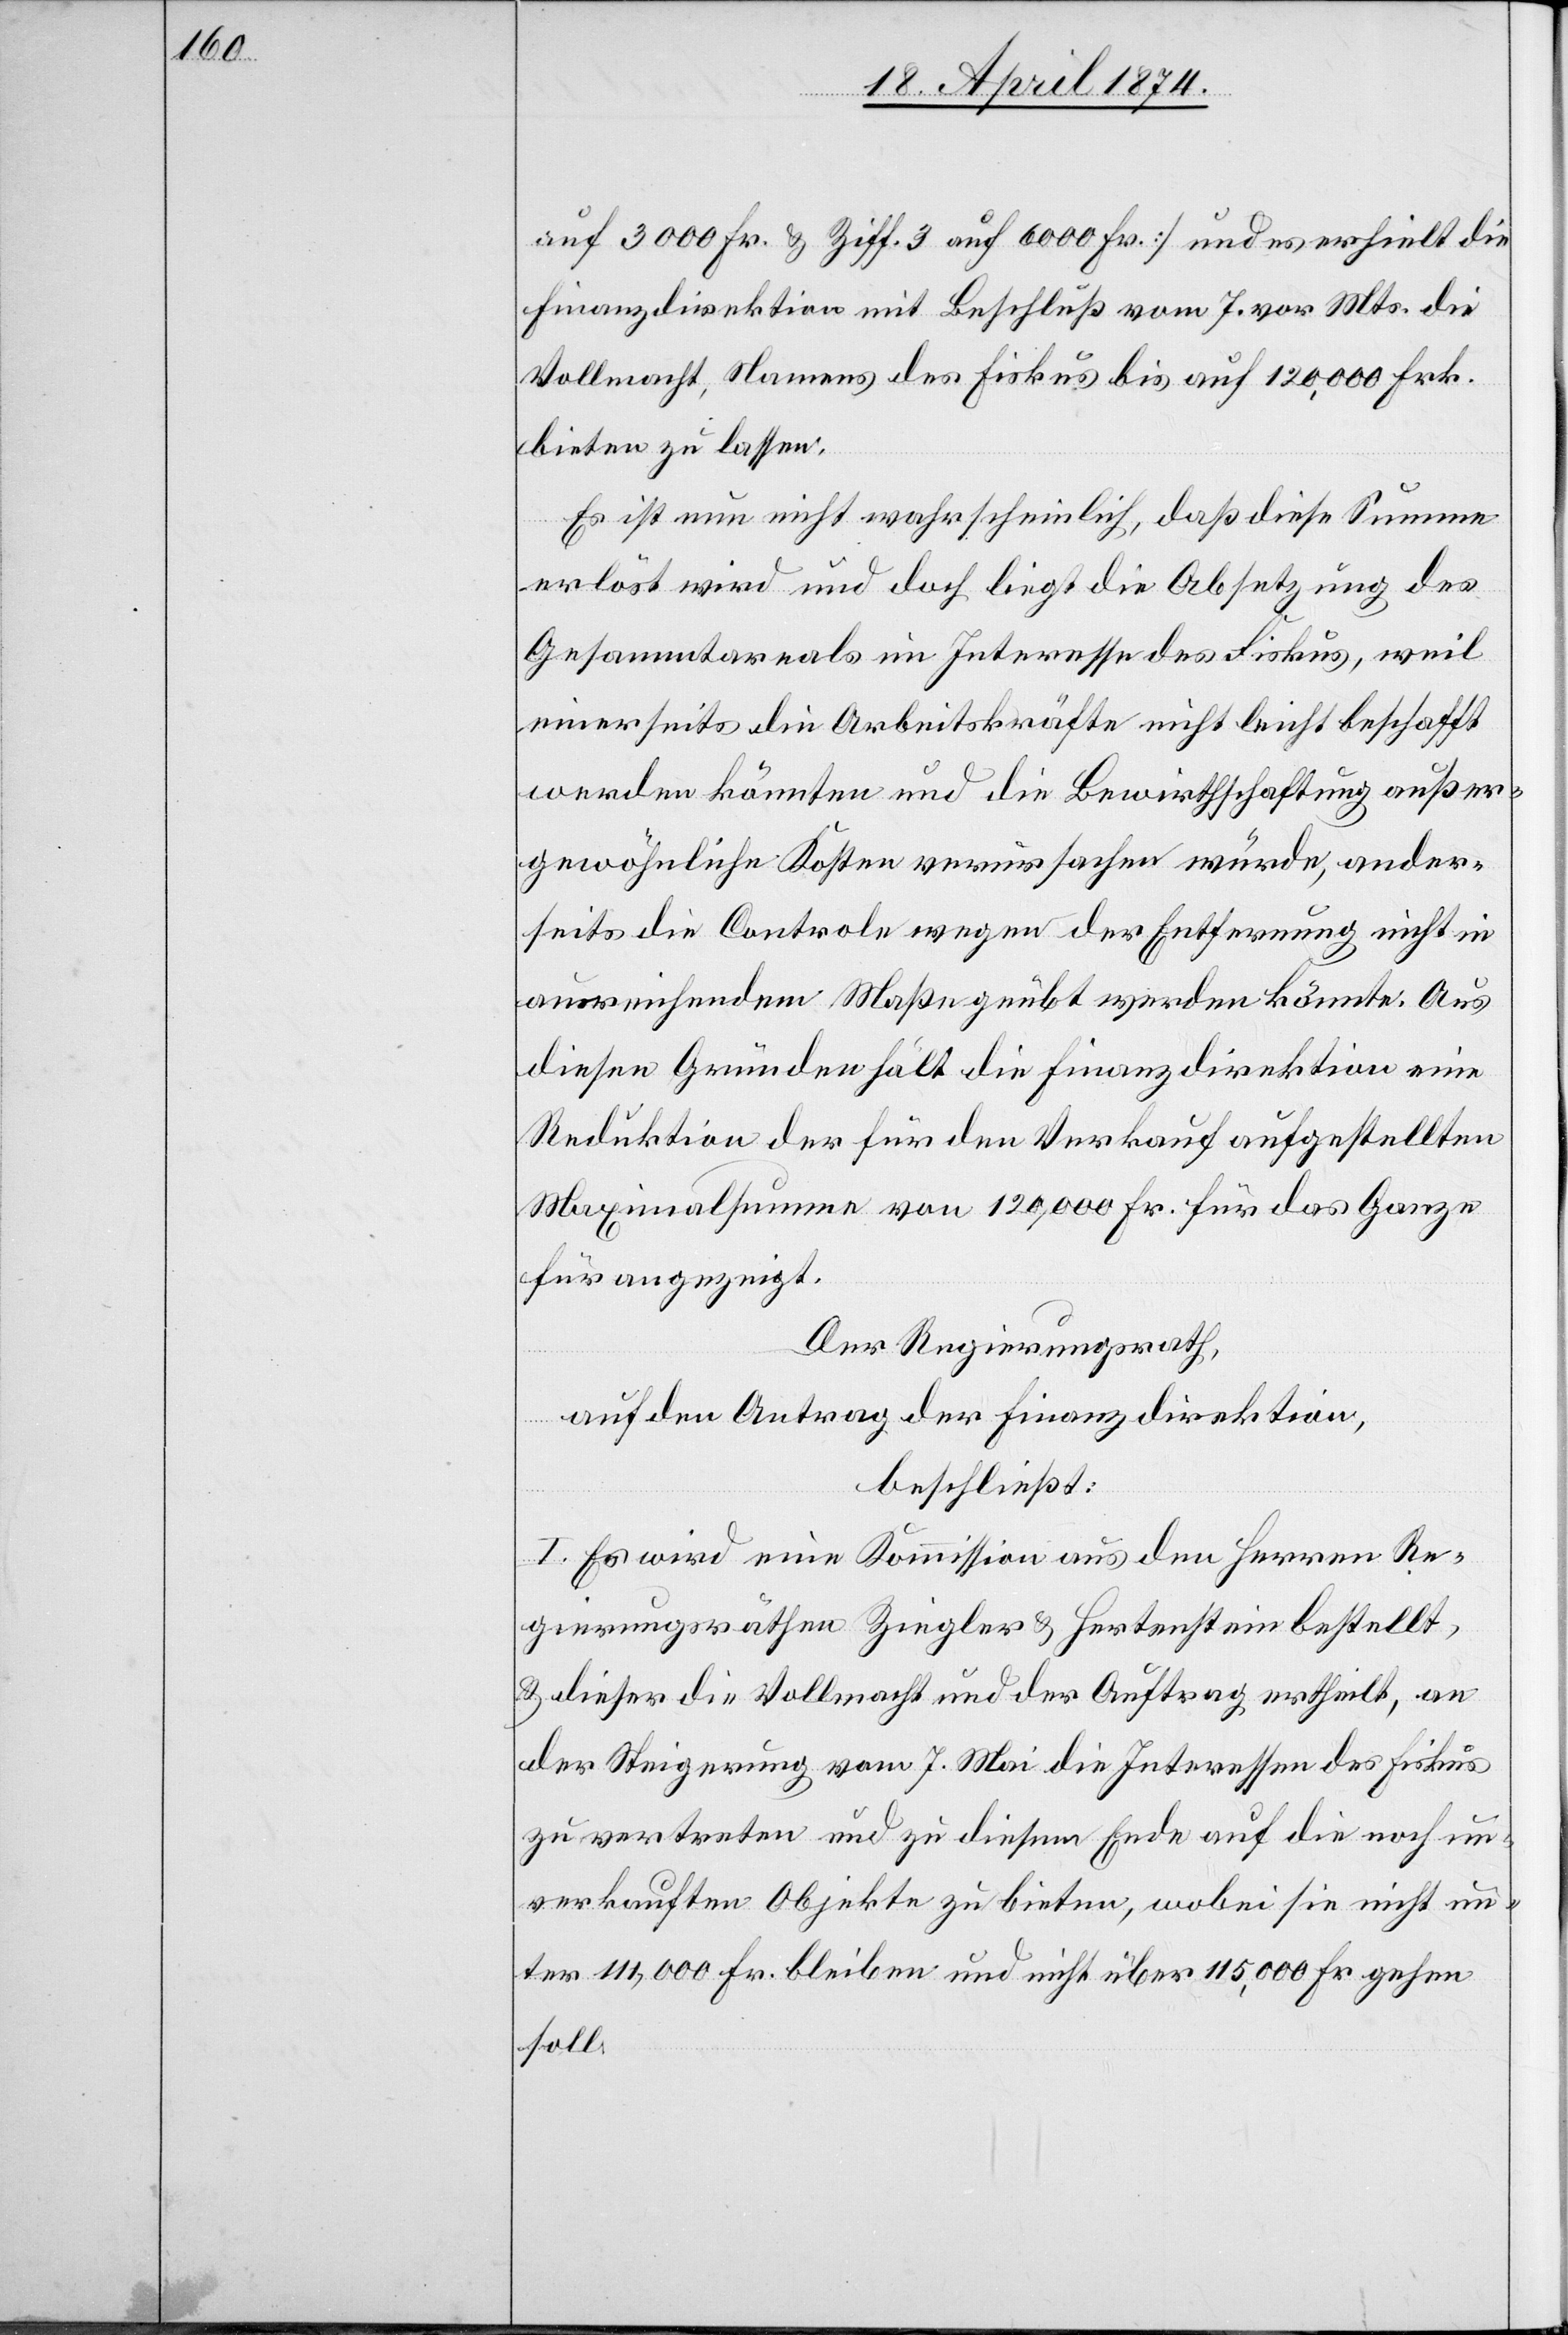
auf 3000 Fr. u. Ziff. 3 auf 6000 Fr.] und es erhielt die
Finanzdirektion mit Beschluß vom 7. vor. Mts. die
Vollmacht, Namens des Fiskus bis auf 120,000 Frk.
bieten zu lassen.
Es ist nun nicht wahrscheinlich, daß diese Summe
erlöst wird und doch liegt die Absetzung des
Gesammtareals im Interesse des Fiskus, weil
einerseits die Arbeitskräfte nicht leicht beschafft
werden könnten und die Bewirthschaftung außer¬
seits die Controle wegen der Entfernung nicht in
ausreichendem Maße geübt werden könnte. Aus
diesen Gründen hält die Finanzdirektion eine
Reduktion der für den Verkauf aufgestellten
Maximalsumme von 120,000 Fr. für das Ganze
für angezeigt.
Der Regierungsrath,
auf den Antrag der Finanzdirektion,
beschließt:
I. Es wird eine Kommission aus den Herren Re¬
gierungsräthen Ziegler u. Hertenstein bestellt,
u. dieser die Vollmacht und der Auftrag ertheilt, an
der Steigerung vom 7. Mai die Interessen des Fiskus
zu vertreten und zu diesem Ende auf die noch un¬
verkauften Objekte zu bieten, wobei sie nicht un¬
ter 111,000 Fr. bleiben und nicht über 115,000 Fr. gehen
soll.